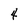
Character: 4